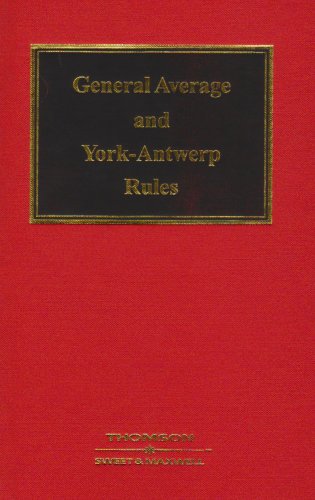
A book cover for Lowndes & Rudolf: The Law of General Average and the York-Antwerp Rules (British Shipping Laws); Law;